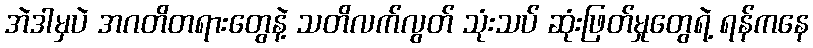
အဲဒါမှပဲ အဂတိတရားတွေနဲ့ သတိလက်လွတ် သုံးသပ် ဆုံးဖြတ်မှုတွေရဲ့ ရန်ကနေ